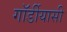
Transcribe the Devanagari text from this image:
गॉर्डीयासी